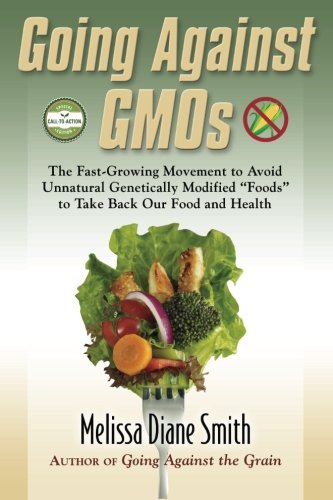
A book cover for Going Against GMOs Call-to-Action Special Edition: The Fast-Growing Movement to Avoid Unnatural Genetically Modified "Foods" to Take Back Our Food and Health; Melissa Diane Smith; Health, Fitness & Dieting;